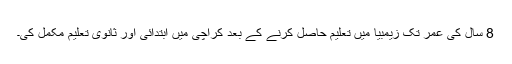
8 سال کی عمر تک زیمبیا میں تعلیم حاصل کرنے کے بعد کراچی میں ابتدائی اور ثانوی تعلیم مکمل کی۔